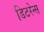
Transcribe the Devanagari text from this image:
डिटरेन्स